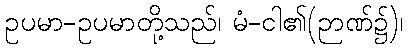
ဥပမာ-ဥပမာတို့သည်၊ မံ-ငါ၏(ဉာဏ်၌)၊